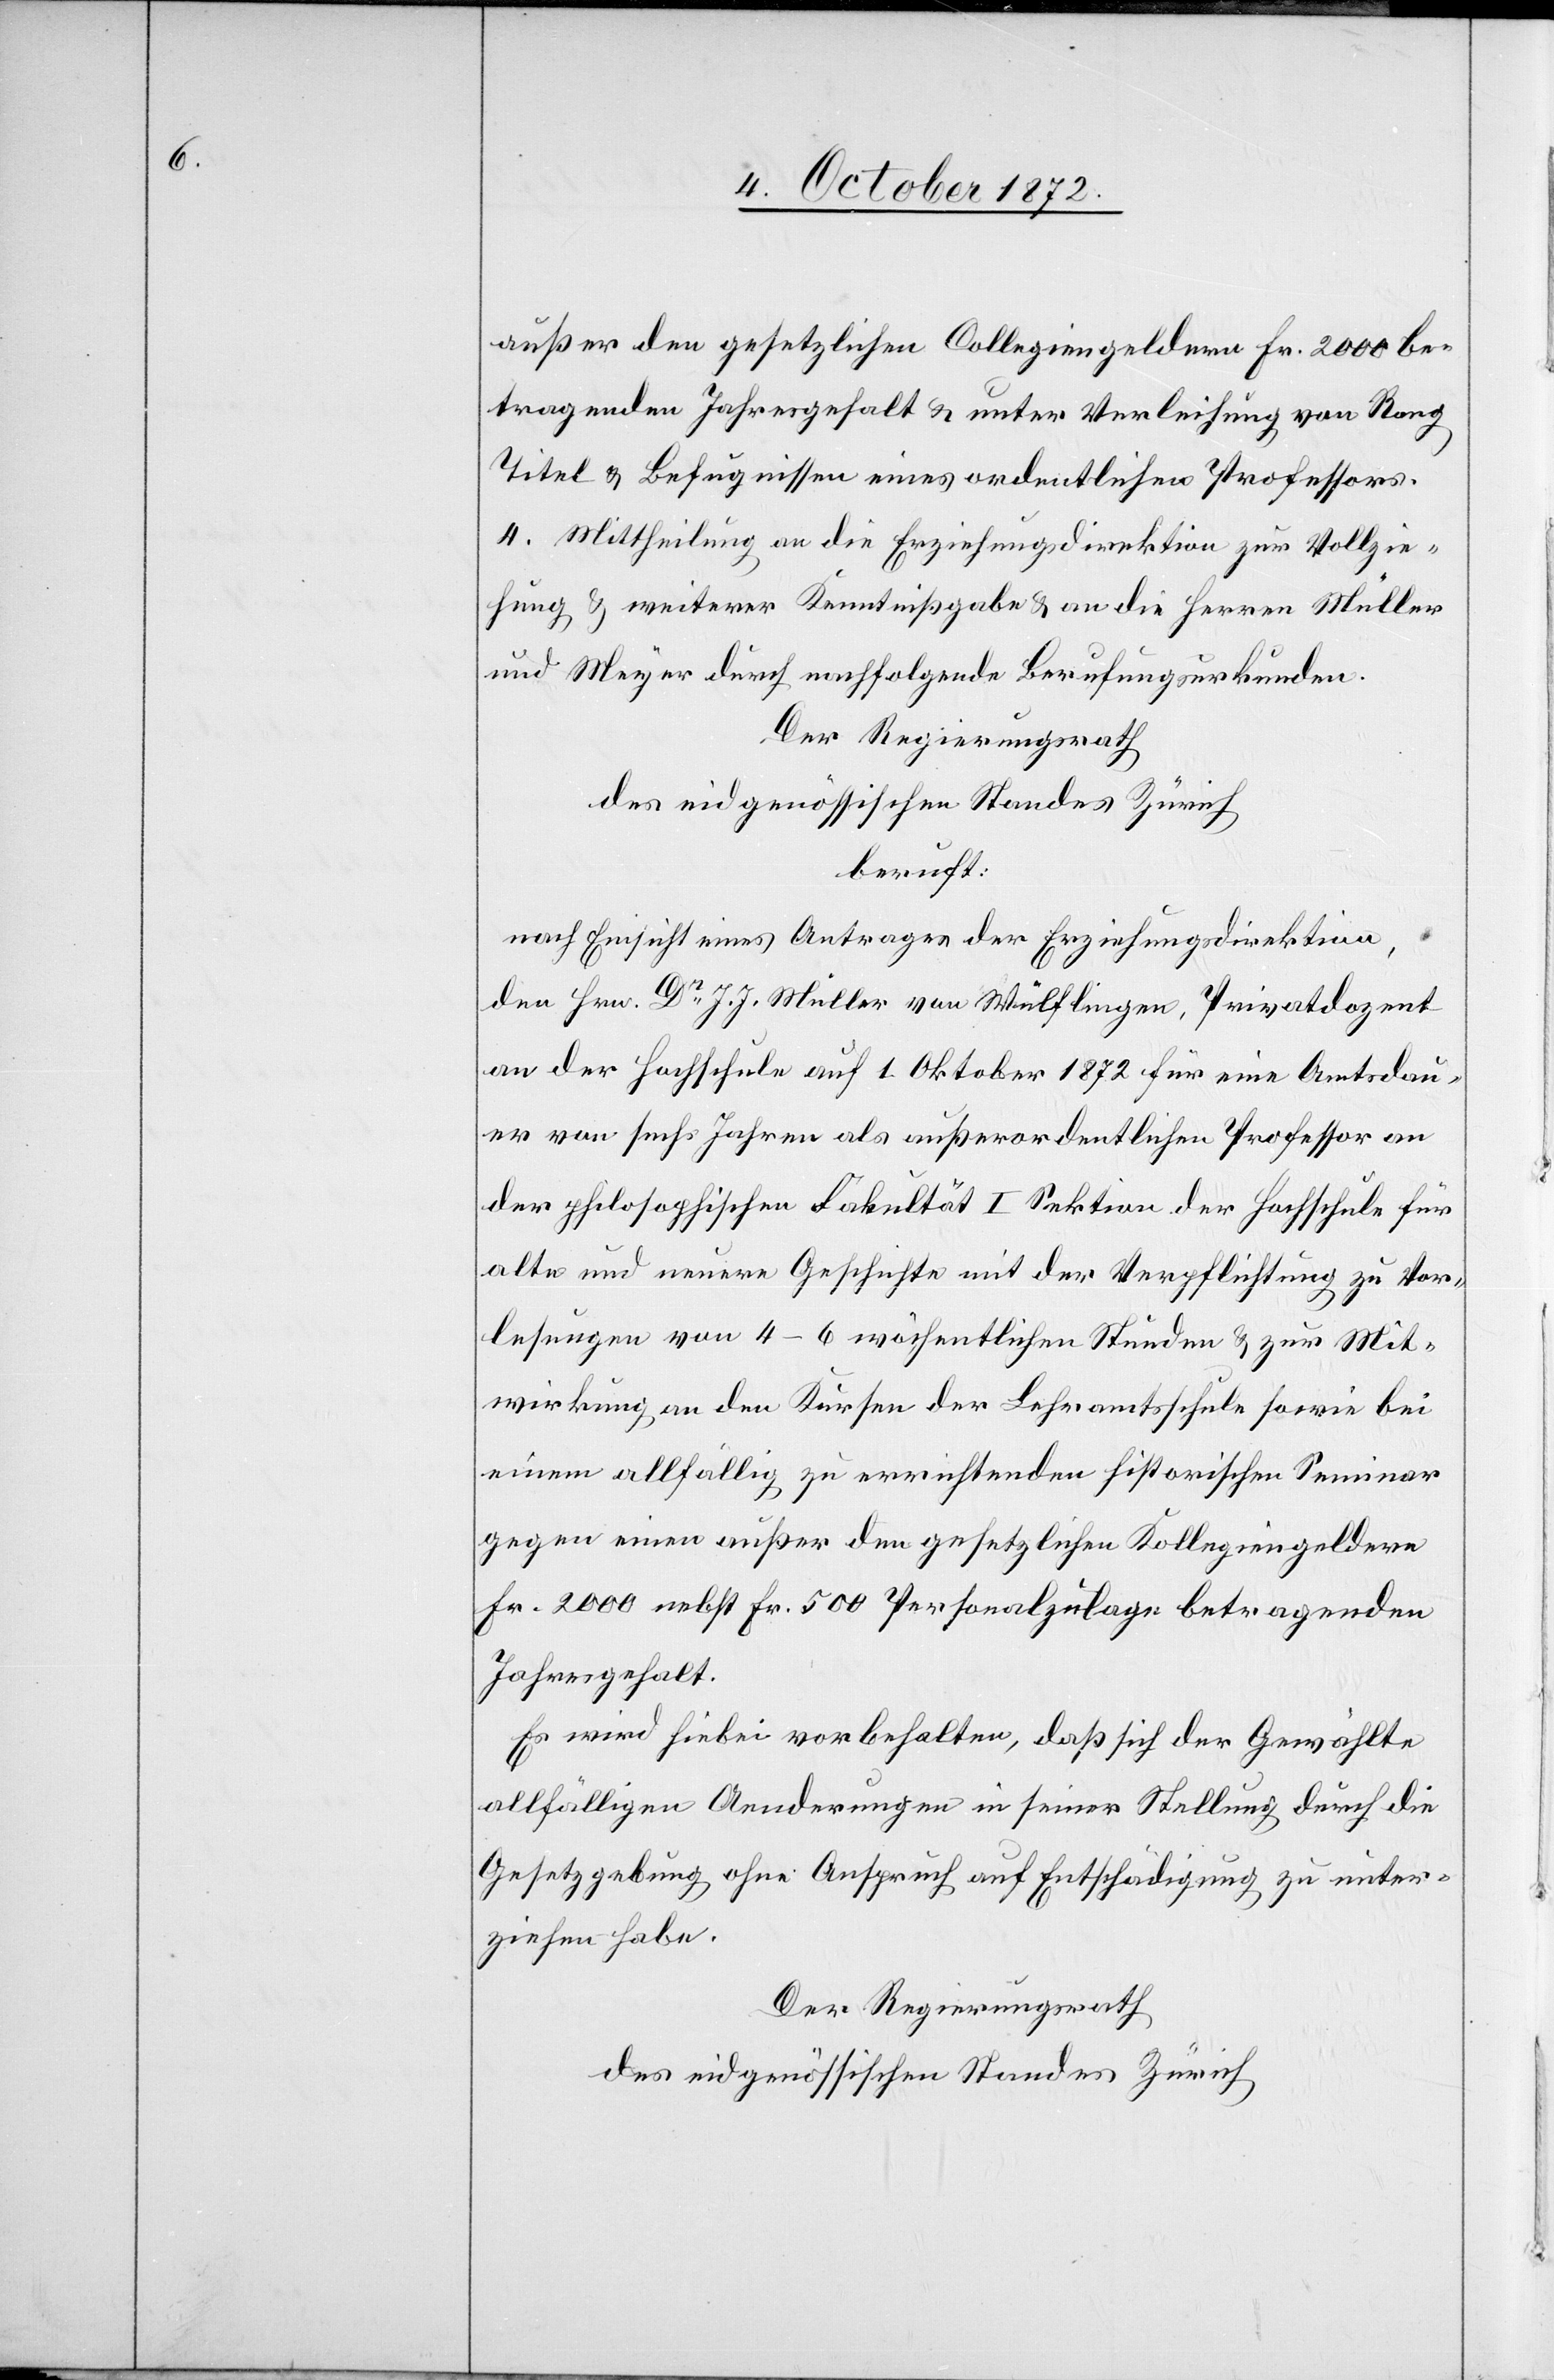
außer den gesetzlichen Collegiengeldern Fr. 2000 be¬
tragenden Jahresgehalt u. unter Verleihung von Rang
Titel und Befugnissen eines ordentlichen Professors.
4. Mittheilung an die Erziehungsdirektion zur Vollzie¬
hung u. weiterer Kenntnißgabe u. an die Herren Müller
und Meyer durch nachfolgende Berufungsurkunden.
Der Regierungsrath
des eidgenössischen Standes Zürich
beruft:
nach Einsicht eines Antrages der Erziehungsdirektion,
den Hrn. Dr J. J. Müller von Wülflingen, Privatdozent
an der Hochschule auf 1. Oktober 1872 für eine Amtsdau¬
er von sechs Jahren als außerordentlichen Professor an
der philosophischen Fakultät I Sektion der Hochschule für
alte und neuere Geschichte mit der Verpflichtung zu Vor¬
lesungen von 4–6 wöchentlichen Stunden u. zur Mit¬
wirkung an den Kursen der Lehramtsschule sowie bei
einem allfällig zu errichtenden historischen Seminar
gegen einen außer den gesetzlichen Kollegiengeldern
Fr. 2000 nebst Fr. 500 Personalzulage betragenden
Jahresgehalt.
Es wird hiebei vorbehalten, daß sich der Gewählte
allfälligen Aenderungen in seiner Stellung durch die
Gesetzgebung ohne Anspruch auf Entschädigung zu unter¬
ziehen habe.
Der Regierungsrath
des eidgenössischen Standes Zürich